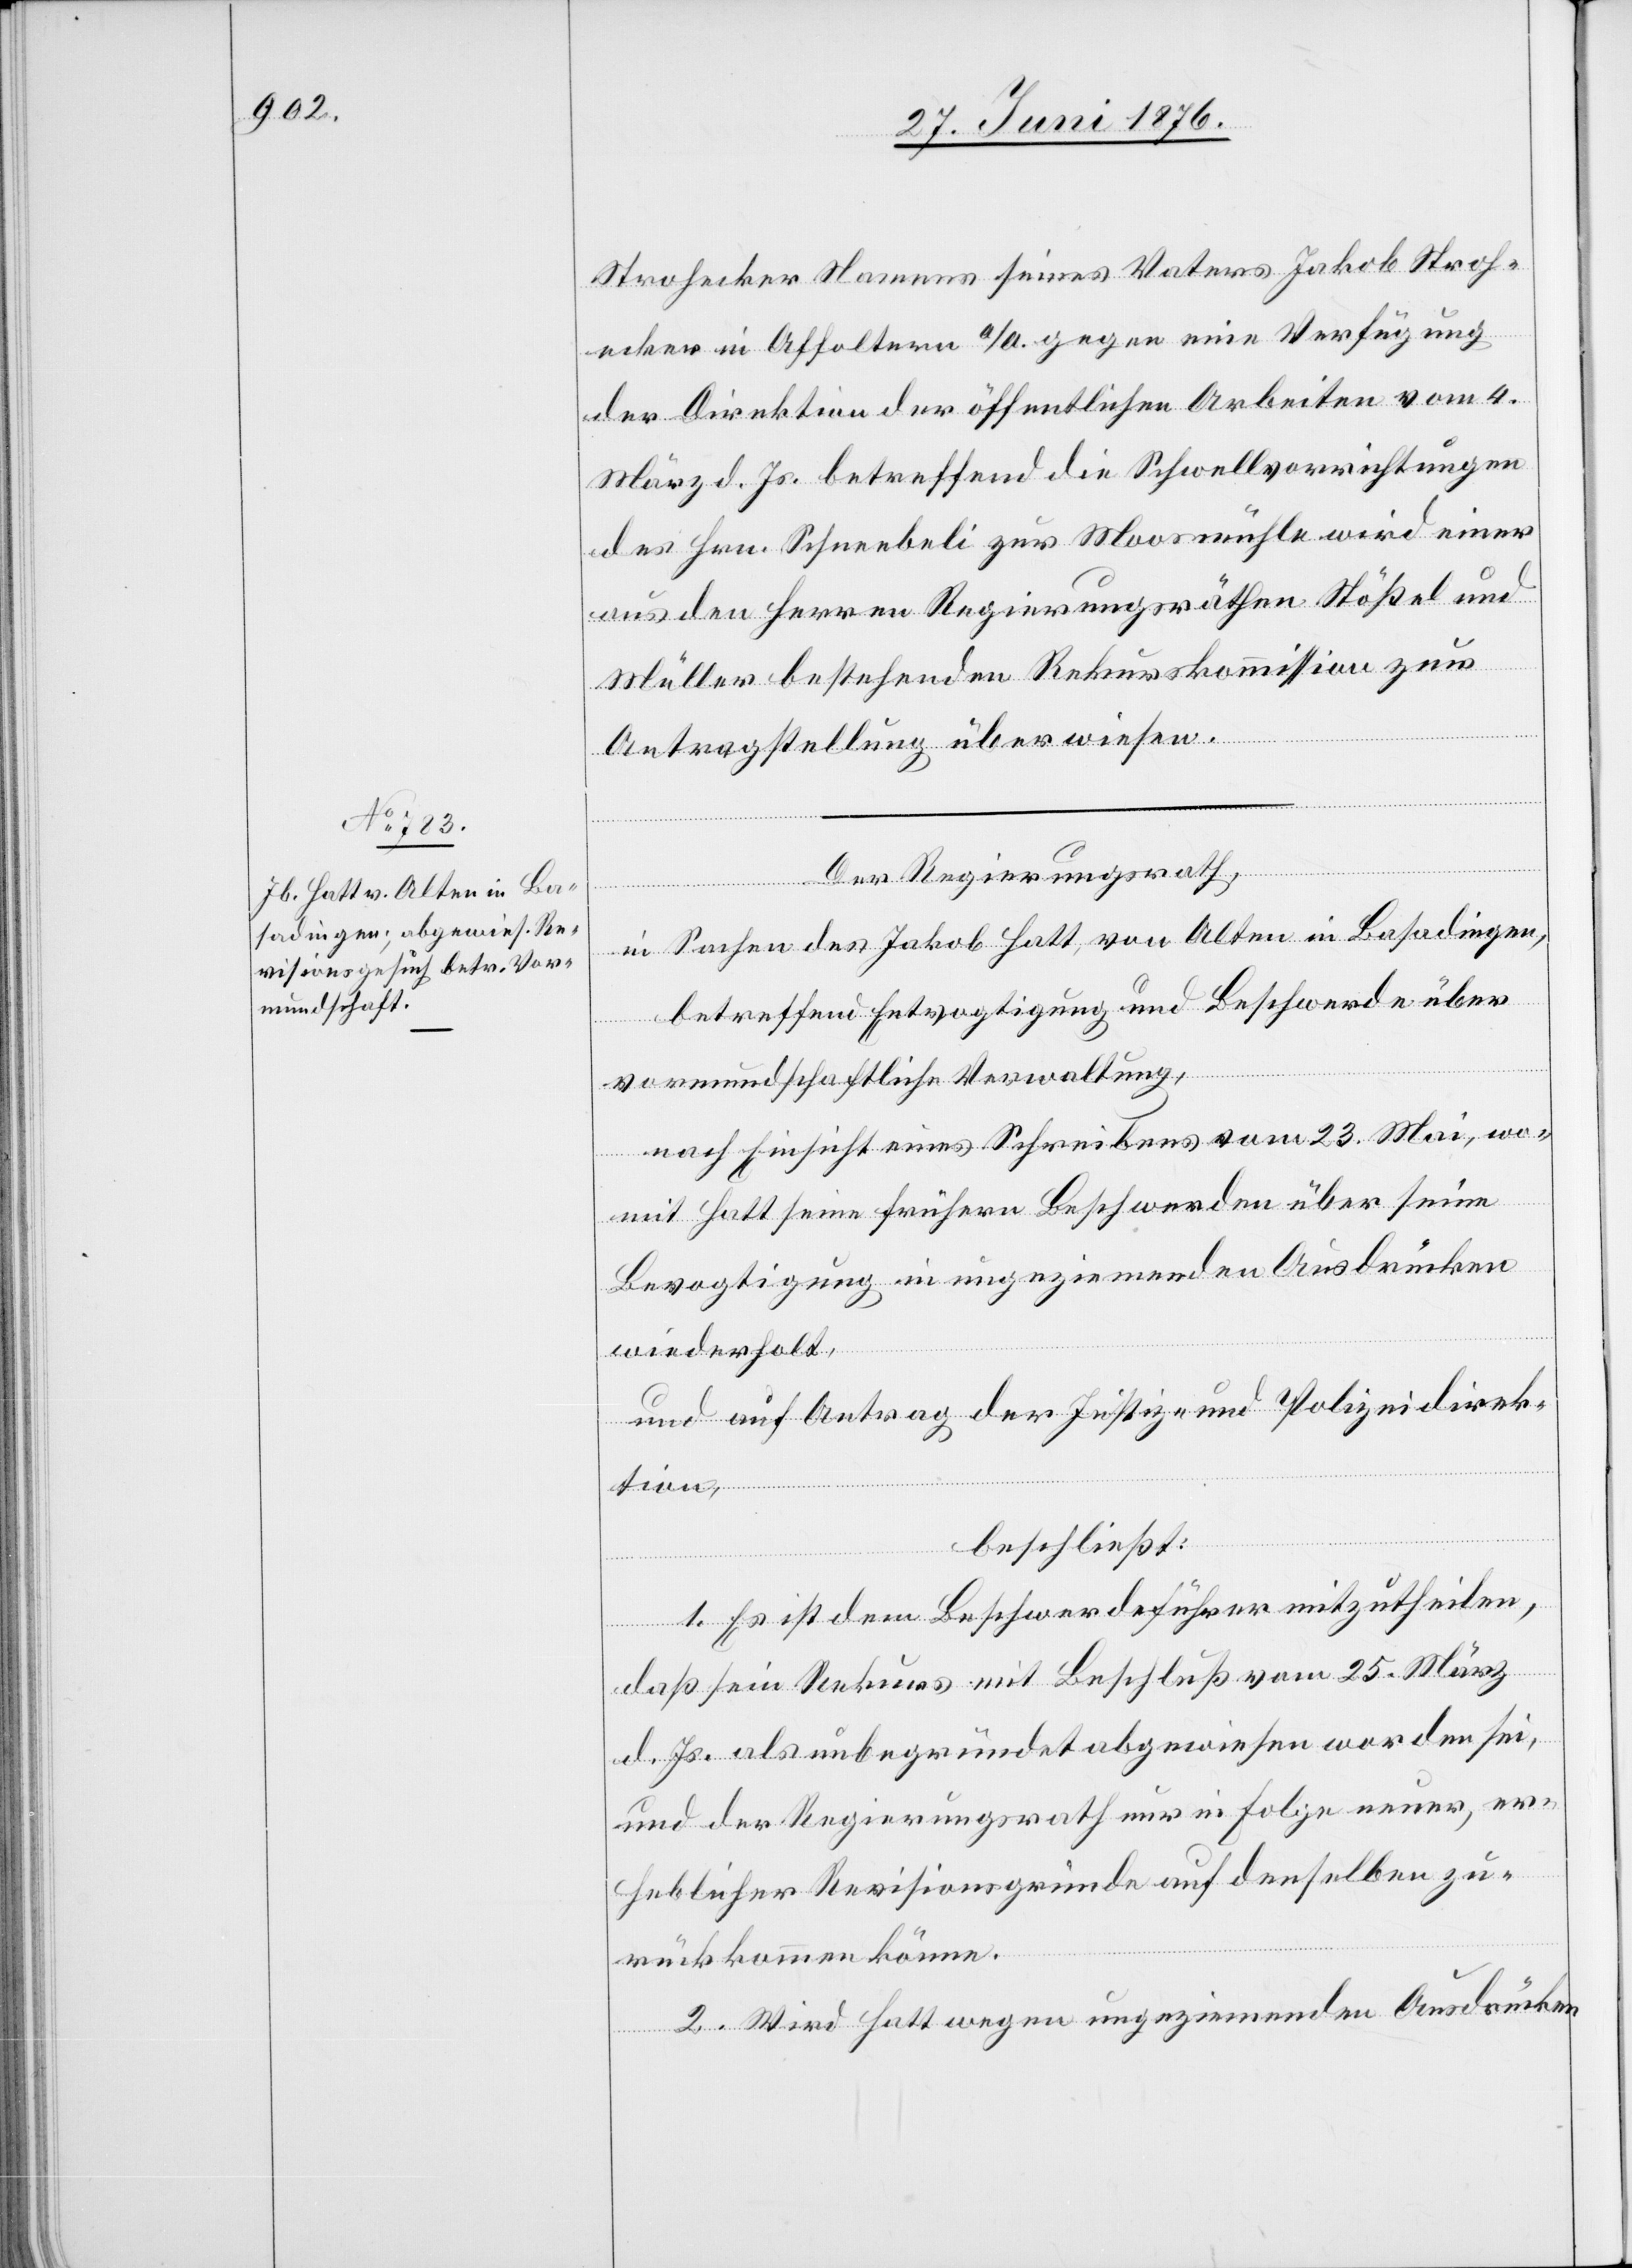
Strohecker Namens seines Vaters Jakob Stroh¬
ecker in Affoltern a/A. gegen eine Verfügung
der Direktion der öffentlichen Arbeiten vom 4.
März d. Js. betreffend die Schwellvorrichtungen
des Hrn. Schneebeli zur Moosmühle wird einer
aus den Herren Regierungsräthen Stößel und
Müller bestehenden Rekurskommission zur
Antragstellung überwiesen.
Der Regierungsrath,
in Sachen des Jakob Hatt, von Olten in Basadingen,
betreffend Entvogtigung und Beschwerde über
vormundschaftliche Verwaltung,
nach Einsicht eines Schreibens vom 23. Mai, wo¬
mit Hatt seine frühern Beschwerden über seine
Bevogtigung in ungeziemenden Ausdrücken
wiederholt,
und auf Antrag der Justiz- und Polizeidirek¬
tion,
beschließt:
1. Es ist dem Beschwerdeführer mitzutheilen,
daß sein Rekurs mit Beschluß vom 25. März
d. Js. als unbegründet abgewiesen worden sei,
und der Regierungsrath nur in Folge neuer, er¬
heblicher Revisionsgründe auf denselben zu¬
rückkommen könne.
2. Wird Hatt wegen ungeziemenden Ausdrücken